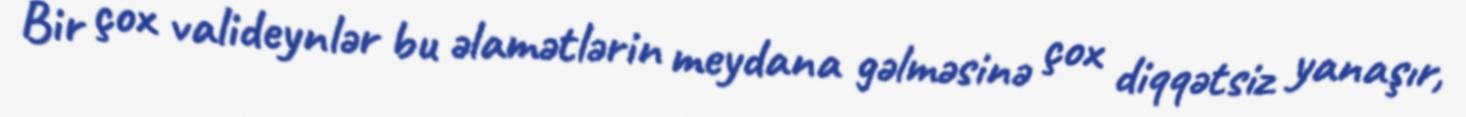
Bir çox valideynlər bu əlamətlərin meydana gəlməsinə çox diqqətsiz yanaşır,